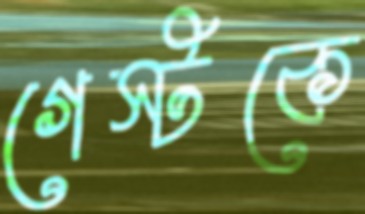
গেস্টকে